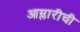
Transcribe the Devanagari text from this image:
आम्लारीची